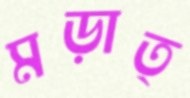
মড়াত্